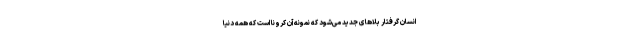
انسان گرفتار بلاهای جدید می‌شود که نمونه آن کرونا است که همه دنیا